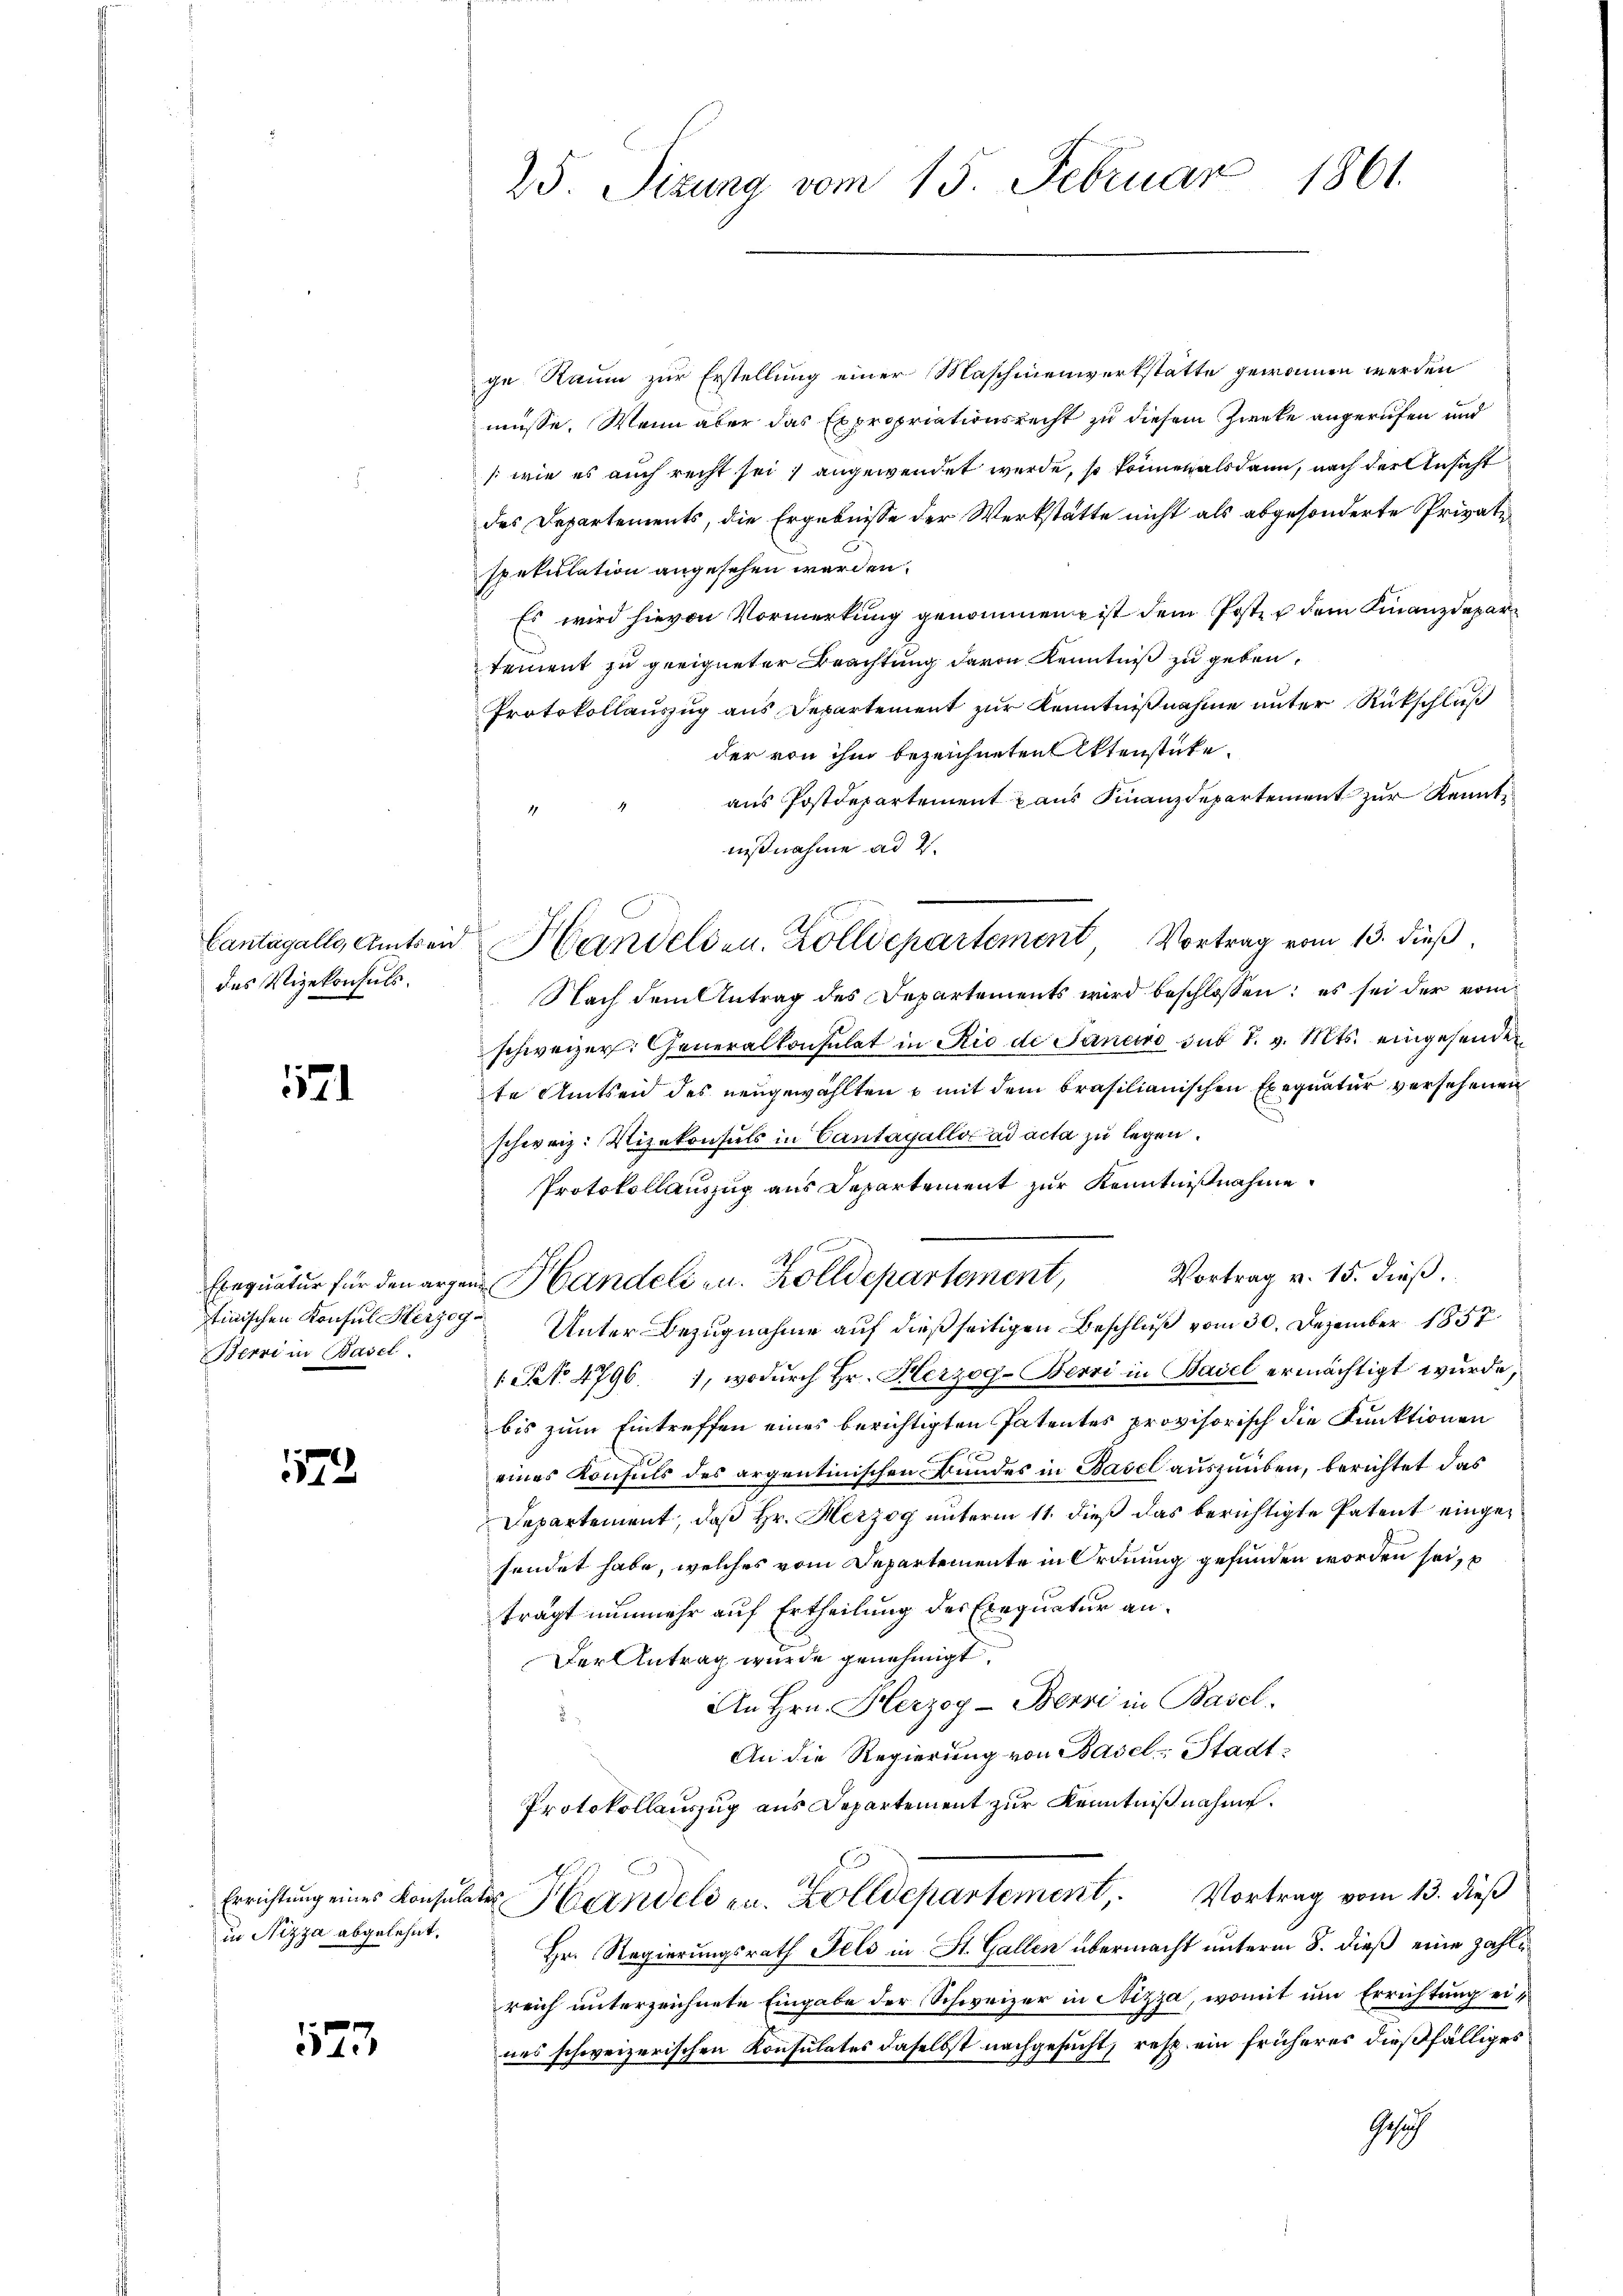
des Vizekonsuls.

1121

Berre in Basel.

172

in Nizza abgelehnt.

123

25. Sizung vom 15. Februar 1861.

ge Raum zur Erstellung einer Maschinenwerkstätte gewonnen werden
müsse. Wenn aber das Expropriationsrecht zu diesem Zwecke angerufen und
(wie es auch recht sei, angewendet werde, so können als dann, nach der Ansicht
des Departements, die Ergebnisse der Werkstätte nicht als abgesonderte Private
spekulation angesehen werden.
Es wird hievon Vormerkung genommen ist dem Poster dem Finanzdepartement zu geeigneter Beachtung davon Kenntniß zu geben.
Protokollauszug aus Departement zur Kenntnißnahme unter Rückschluß
der von ihm bezeichneten Aktenstücke.
aus Postdepartement aus Finanzdepartement zur Kenntnißnahme ad 2.
Nach dem Antrag des Departements wird beschlossen: es sei der vom
schweizer. Generalkonsulat in Rio de Janeiro sub 1. v. Mts. eingesenden
te Amtsend des neugewählten & mit dem brasilianischen Exequatur versehenen
schweiz. Vizekonsuls in Cantagallo ad acta zu legen.
Protokollauszug aus Departement zur Kenntnißnahme.
d
Vortrag v. 15. dieß.
Eequatur für den argen Handeli u. Zolldepartement,
tinischen Konsul Herzog Unter Bezugnahme auf dießseitigen Beschluß vom 30. Dezember 1857.
1 Rt. 4796), wodurch Hr. Herzog-Berri in Basel ermächtigt wurde,
bis zum Eintreffen eines berichtigten Patentes provisorisch die Funktionen
eines Konsuls des argentinischen Bundes in Basel auszuüben, berichtet das
Departement, daß Hr. Herzog unterm 11. dieß das berichtigte Patent eingesendet habe, welches vom Departemente in Ordnung gefunden worden sei,
trägt nunmehr auf Ertheilung des Exequatur an¬
Der Antrag wurde genehmigt.
An Hrn. Herzog - Berri in Basel.
An die Regierung von Basel-Stadt¬
Protokollauszug aus Departement zur Kenntnißnahme.
Errichtung eines Konsulater Handels zu. Zolldepartement, Vortrag vom 13. dieß
Hr. Regierungsrath Fels in St. Gallen übermacht unterm 8. dieß eine zahlereich unterzeichnete Eingabe der Schweizer in Nizza, womit um Errichtung eines schweizerischen Konsulates daselbst nachgesucht, resp. ein früheres dießfälliges
Gesich

Cantagalls, Amtseid Handelden. Zolldepartement, Vortrag vom 13. dieß